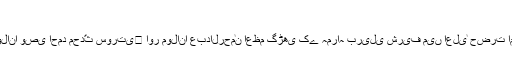
قطبِ مدینہ اعلیٰ حضرت کی خدمت میں:
پیلی بھیت میں قیام کے دوران آپ ہر جمعرات کو مولانا وصی احمد محدّث سورتی﷫ اور مولانا عبدالرحمٰن اعظم گڑھی کے ہمراہ بریلی شریف میں اعلیٰ حضرت امام احمد رضا خاں قدس سرہٗ کی خدمت میں حاضر ہوتے۔